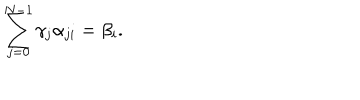
\sum _ { j = 0 } ^ { N - 1 } \gamma _ { j } \alpha _ { j i } = \beta _ { i } .